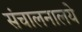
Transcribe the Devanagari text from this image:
संचालनालये